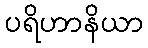
ပရိဟာနိယာ